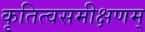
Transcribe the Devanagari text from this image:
कृतित्वसमीक्षणम्